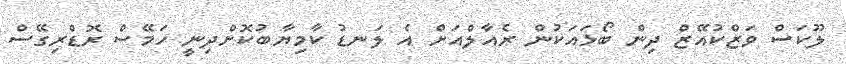
ލޫކަސް ވަޒްކުއޭޒް ދިން ބޯޅައަކުން ރެއާލްއަށް އެ ލަނޑު ކާމިޔާބުކޮށްދިނީ ހަމޭސް ރޮޑްރިގޭސް